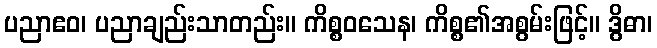
ပညာဧဝ၊ ပညာချည်းသာတည်း။ ကိစ္စဝသေန၊ ကိစ္စ၏အစွမ်းဖြင့်။ ဒွိဓာ၊